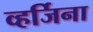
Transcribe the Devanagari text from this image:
व्हर्जिना